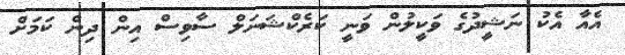
އެއާ އެކު ނަޝީދުގެ ވަކީލުން ވަނީ ކަރެކްޝަނަލް ސާވިސް އިން ދިން ކަމަށް